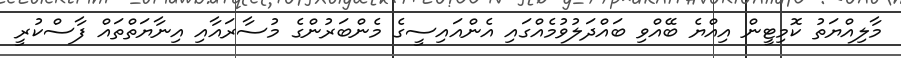
މާލިއްޔަތު ކޮމިޓީން އިއްޔެ ބޭއްވި ބައްދަލުވުމެއްގައި އެންއައިސީގެ މެންބަރުންގެ މުސާރައާއި އިނާޔަތްތައް ފާސްކުރީ